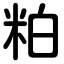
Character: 粕